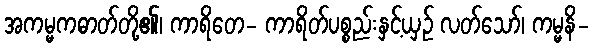
အကမ္မကဓာတ်တို့၏၊ ကာရိတေ- ကာရိတ်ပစ္စည်းနှင့်ယှဉ် လတ်သော်၊ ကမ္မနိ-